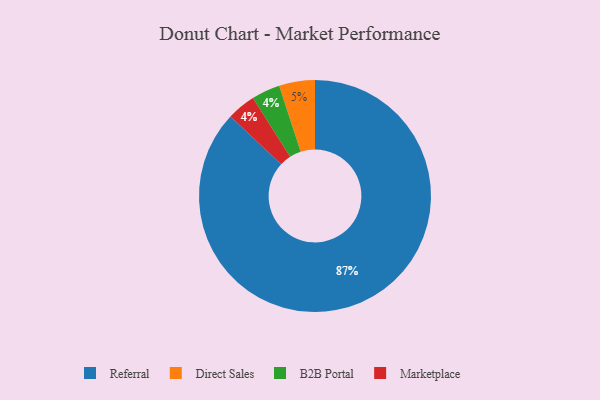
{"axis": {"x": "Category", "y": "Percentage"}, "legend": ["B2B Portal", "Direct Sales", "Marketplace", "Referral"], "data": [{"x": "Direct Sales", "y": 5, "type": "Direct Sales"}, {"x": "Referral", "y": 87, "type": "Referral"}, {"x": "B2B Portal", "y": 4, "type": "B2B Portal"}, {"x": "Marketplace", "y": 4, "type": "Marketplace"}]}